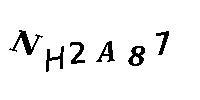
NH2A87